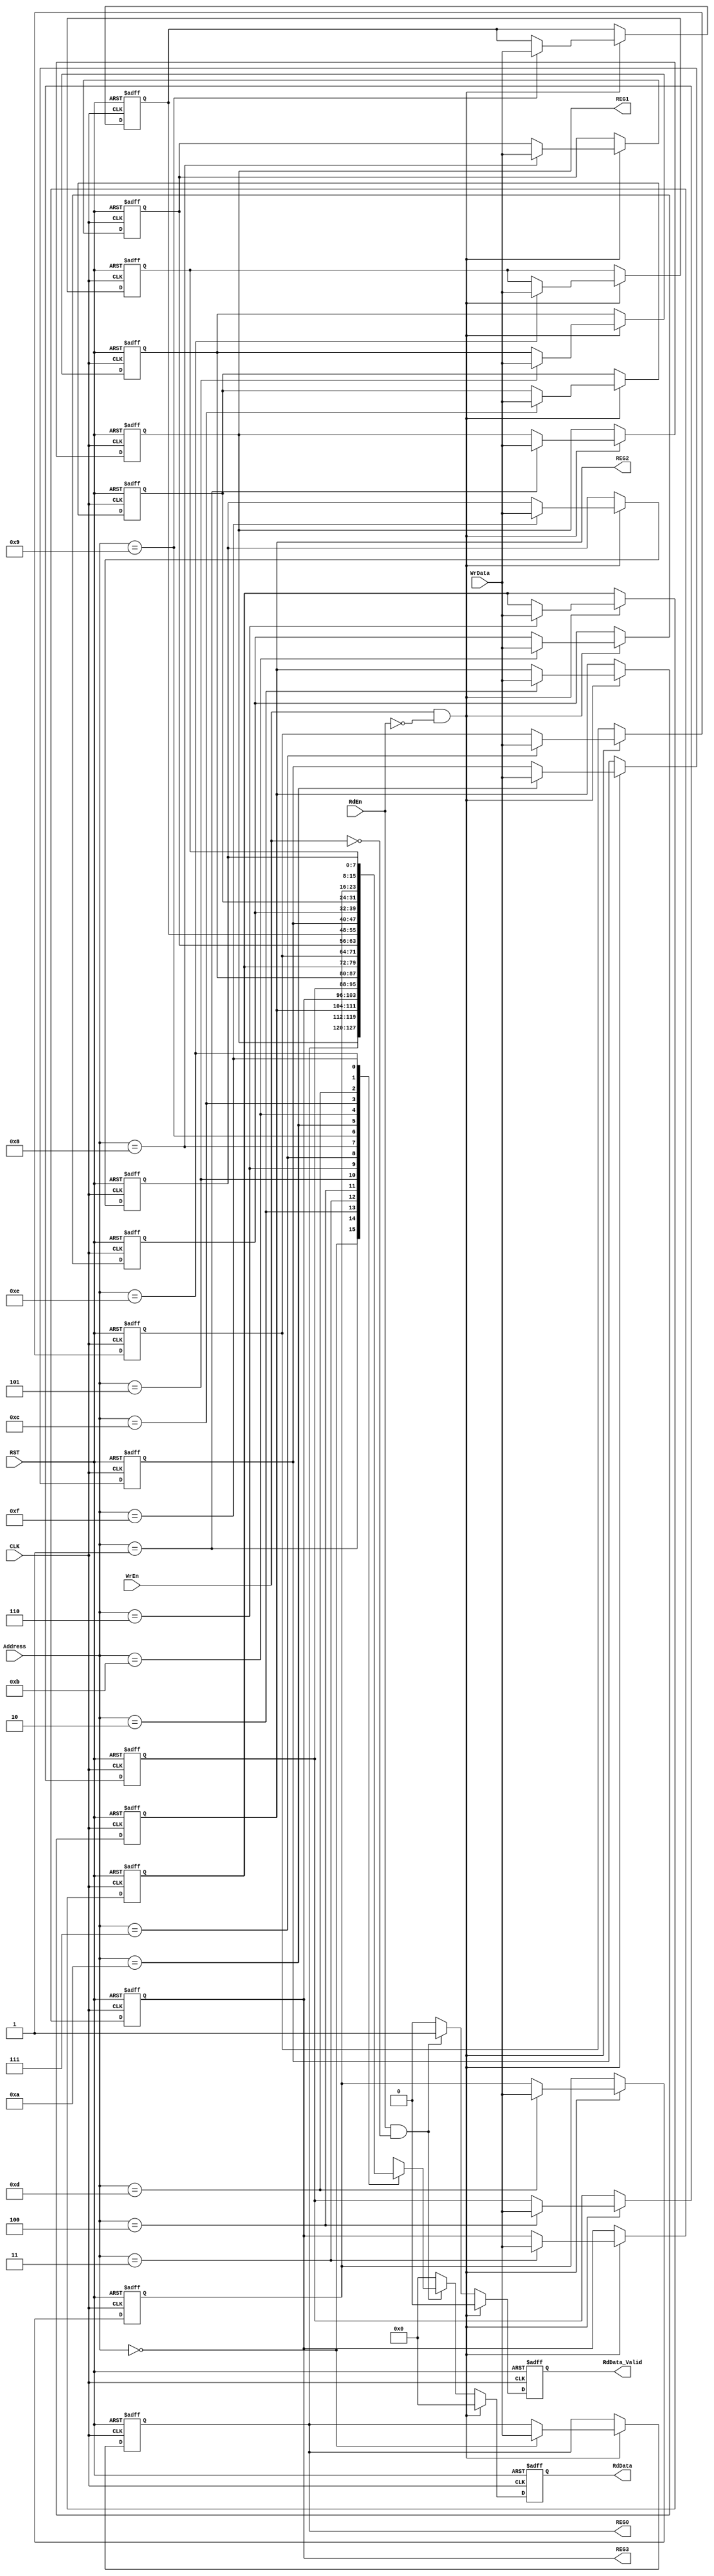
module REG_FILE_SYS #(parameter ADDRESS_WIDTH=4 , DATA_SIZE=8 , DEPTH=16)
     (  input  wire                         CLK,
        input  wire                         RST,
        input  wire  [ADDRESS_WIDTH-1:0]    Address,
        input  wire                         WrEn,
        input  wire                         RdEn,
        input  wire  [DATA_SIZE-1:0]        WrData,

        output reg   [DATA_SIZE-1:0]        RdData,
        output reg                          RdData_Valid,
        output wire  [DATA_SIZE-1:0]        REG0,       
        output wire  [DATA_SIZE-1:0]        REG1,       
        output wire  [DATA_SIZE-1:0]        REG2,       
        output wire  [DATA_SIZE-1:0]        REG3       
             );


reg [DATA_SIZE-1:0] reg_file [DEPTH-1:0];
integer i;

 always @(posedge CLK or negedge RST ) 
  begin
     RdData_Valid<='b0;
     RdData<='b0;

    if(!RST)
       begin
       for (i =0 ; i<DEPTH ; i=i+1 ) 
       begin
        if(i==2)
             begin
               reg_file[i]<='b001000_01;        // parity enable=1  parity=1 (odd parity)
             end  
        
        else if(i==3)
              begin
               reg_file[i]<='b0000_1000;
              end  

        else 
              begin
               reg_file[i]<='b0;
              end      
       end 
       end

    else if (WrEn && !RdEn)
      begin
       reg_file[Address]<=WrData;   
      end 
     
    else if (RdEn && ! WrEn)
      begin
          RdData<=reg_file[Address];
          RdData_Valid<='b1;
      end

    else
      begin
          RdData_Valid<='b0;
      end
  end

assign REG0 = reg_file[0];
assign REG1 = reg_file[1];
assign REG2 = reg_file[2];
assign REG3 = reg_file[3];

endmodule